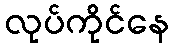
လုပ်ကိုင်နေ